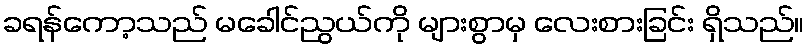
ခရန်ကော့သည် မခေါင်ညွယ်ကို များစွာမှ လေးစားခြင်း ရှိသည်။